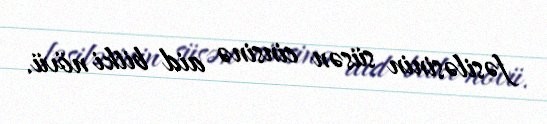
fəsiləsinin süsən cinsinə aid bitki növü.